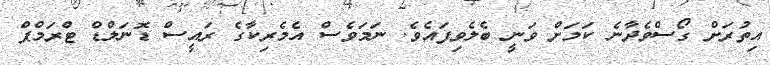
އިތުރަށް ގޯސްވެދާނެ ކަމަށް ވަނީ ބެލެވިފައެވެ. ނަމަވެސް އެމެރިކާގެ ރައީސް ޑޮނަލްޑް ޓްރަމްޕް